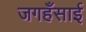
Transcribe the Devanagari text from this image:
जगहँसाई